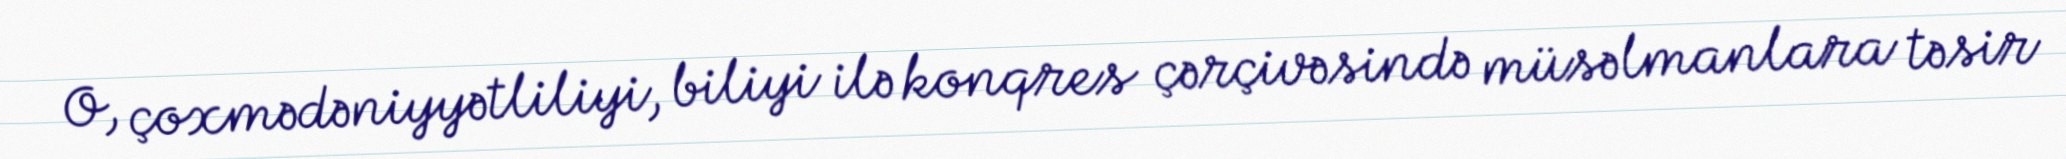
O, çoxmədəniyyətliliyi, biliyi ilə konqres çərçivəsində müsəlmanlara təsir